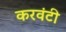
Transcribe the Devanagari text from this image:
करवंटी